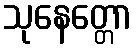
သုနေတ္တော